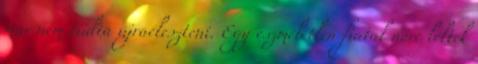
már nem tudta újraéleszteni. Egy eszméletlen fiatal nőre leltek